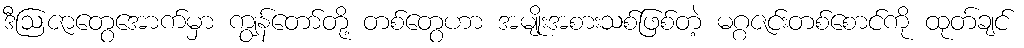
ဒီဩဇာတွေအောက်မှာ ကျွန်တော်တို့ တစ်တွေဟာ အမျိုးအစားသစ်ဖြစ်တဲ့ မဂ္ဂဇင်းတစ်စောင်ကို ထုတ်ချင်